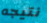
نتيجه